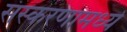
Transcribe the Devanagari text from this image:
संस्करणामध्ये